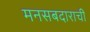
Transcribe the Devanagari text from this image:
मनसबदाराची